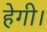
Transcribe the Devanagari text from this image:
हेगी।